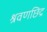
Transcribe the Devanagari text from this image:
श्रवणछिद्र